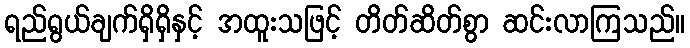
ရည်ရွယ်ချက်ရှိရှိနှင့် အထူးသဖြင့် တိတ်ဆိတ်စွာ ဆင်းလာကြသည်။